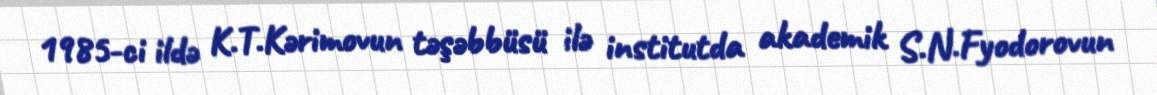
1985-ci ildə K.T.Kərimovun təşəbbüsü ilə institutda akademik S.N.Fyodorovun